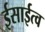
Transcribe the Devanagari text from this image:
ईसाईत्व